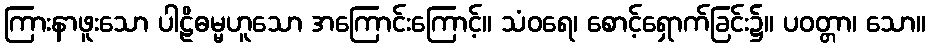
ကြားနာဖူးသော ပါဠိဓမ္မဟူသော အကြောင်းကြောင့်။ သံဝရေ၊ စောင့်ရှောက်ခြင်း၌။ ပဝတ္တာ၊ သော။